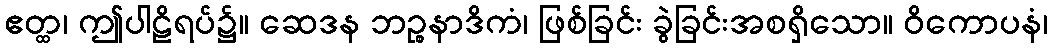
ဧတ္ထ၊ ဤပါဠိရပ်၌။ ဆေဒန ဘဉ္စနာဒိကံ၊ ဖြစ်ခြင်း ခွဲခြင်းအစရှိသော။ ဝိကောပနံ၊